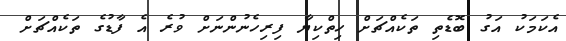
އެކަމަކު އަގު ބޮޑެތި ތަކެއްޗަށް ހިތްކިޔާ ފިރިހެނުންނަށް ވުރެ އެ ފާޑުގެ ތަކެއްޗަށް